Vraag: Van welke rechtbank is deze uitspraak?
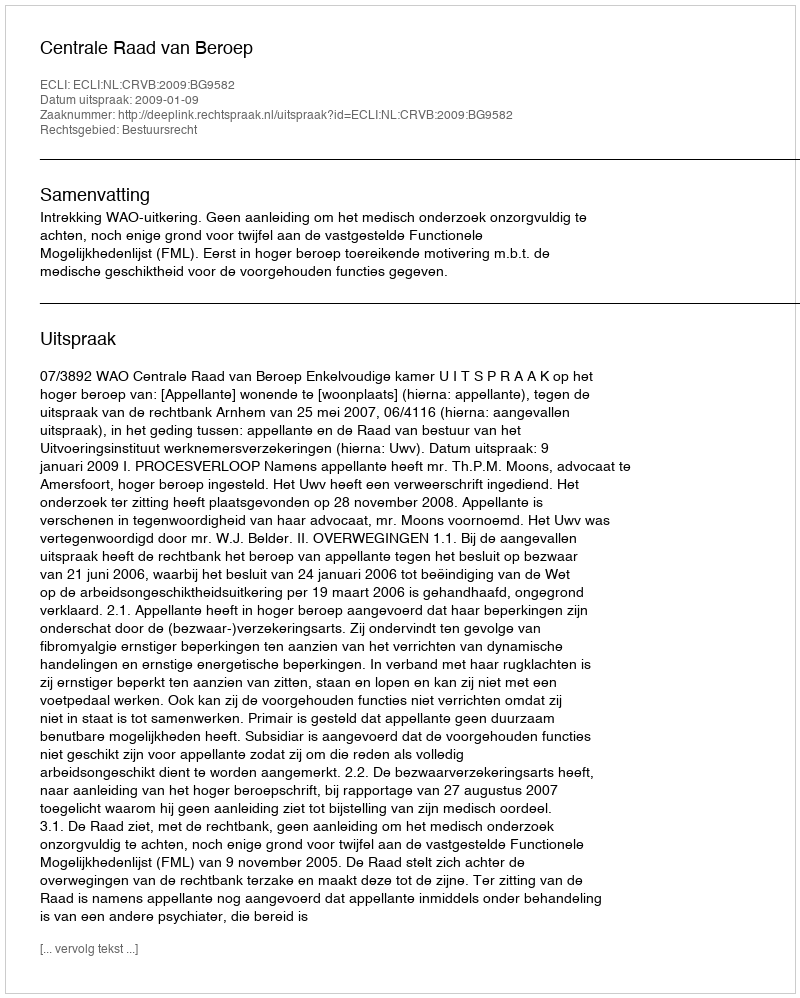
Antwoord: Centrale Raad van Beroep